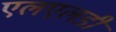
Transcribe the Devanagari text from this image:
एलएलडी